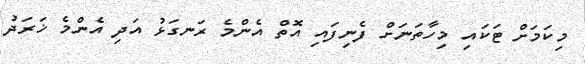
މިކަމަށް ޓަކައި މިހާތަނަށް ފެނިފައި އޮތް އެންމެ ރަނގަޅު އަދި އެންމެ ޚަރަދު